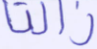
زالتا